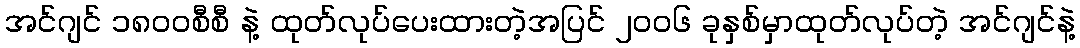
အင်ဂျင် ၁၈၀၀စီစီ နဲ့ ထုတ်လုပ်ပေးထားတဲ့အပြင် ၂၀၀၆ ခုနှစ်မှာထုတ်လုပ်တဲ့ အင်ဂျင်နဲ့